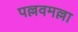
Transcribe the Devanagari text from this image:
पल्लवमल्ला